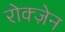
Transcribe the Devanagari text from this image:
रोक्ज़ेन